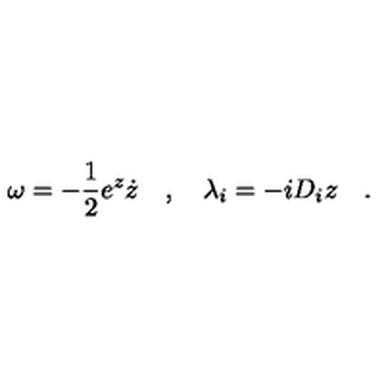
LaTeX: \omega = - \frac 1 2 e ^ { z } \dot { z } \quad , \quad \lambda _ { i } = - i D _ { i } z \quad .